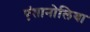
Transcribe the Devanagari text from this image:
एंतानोलिया